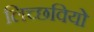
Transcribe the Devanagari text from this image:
लिच्छवियो